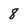
Character: 8